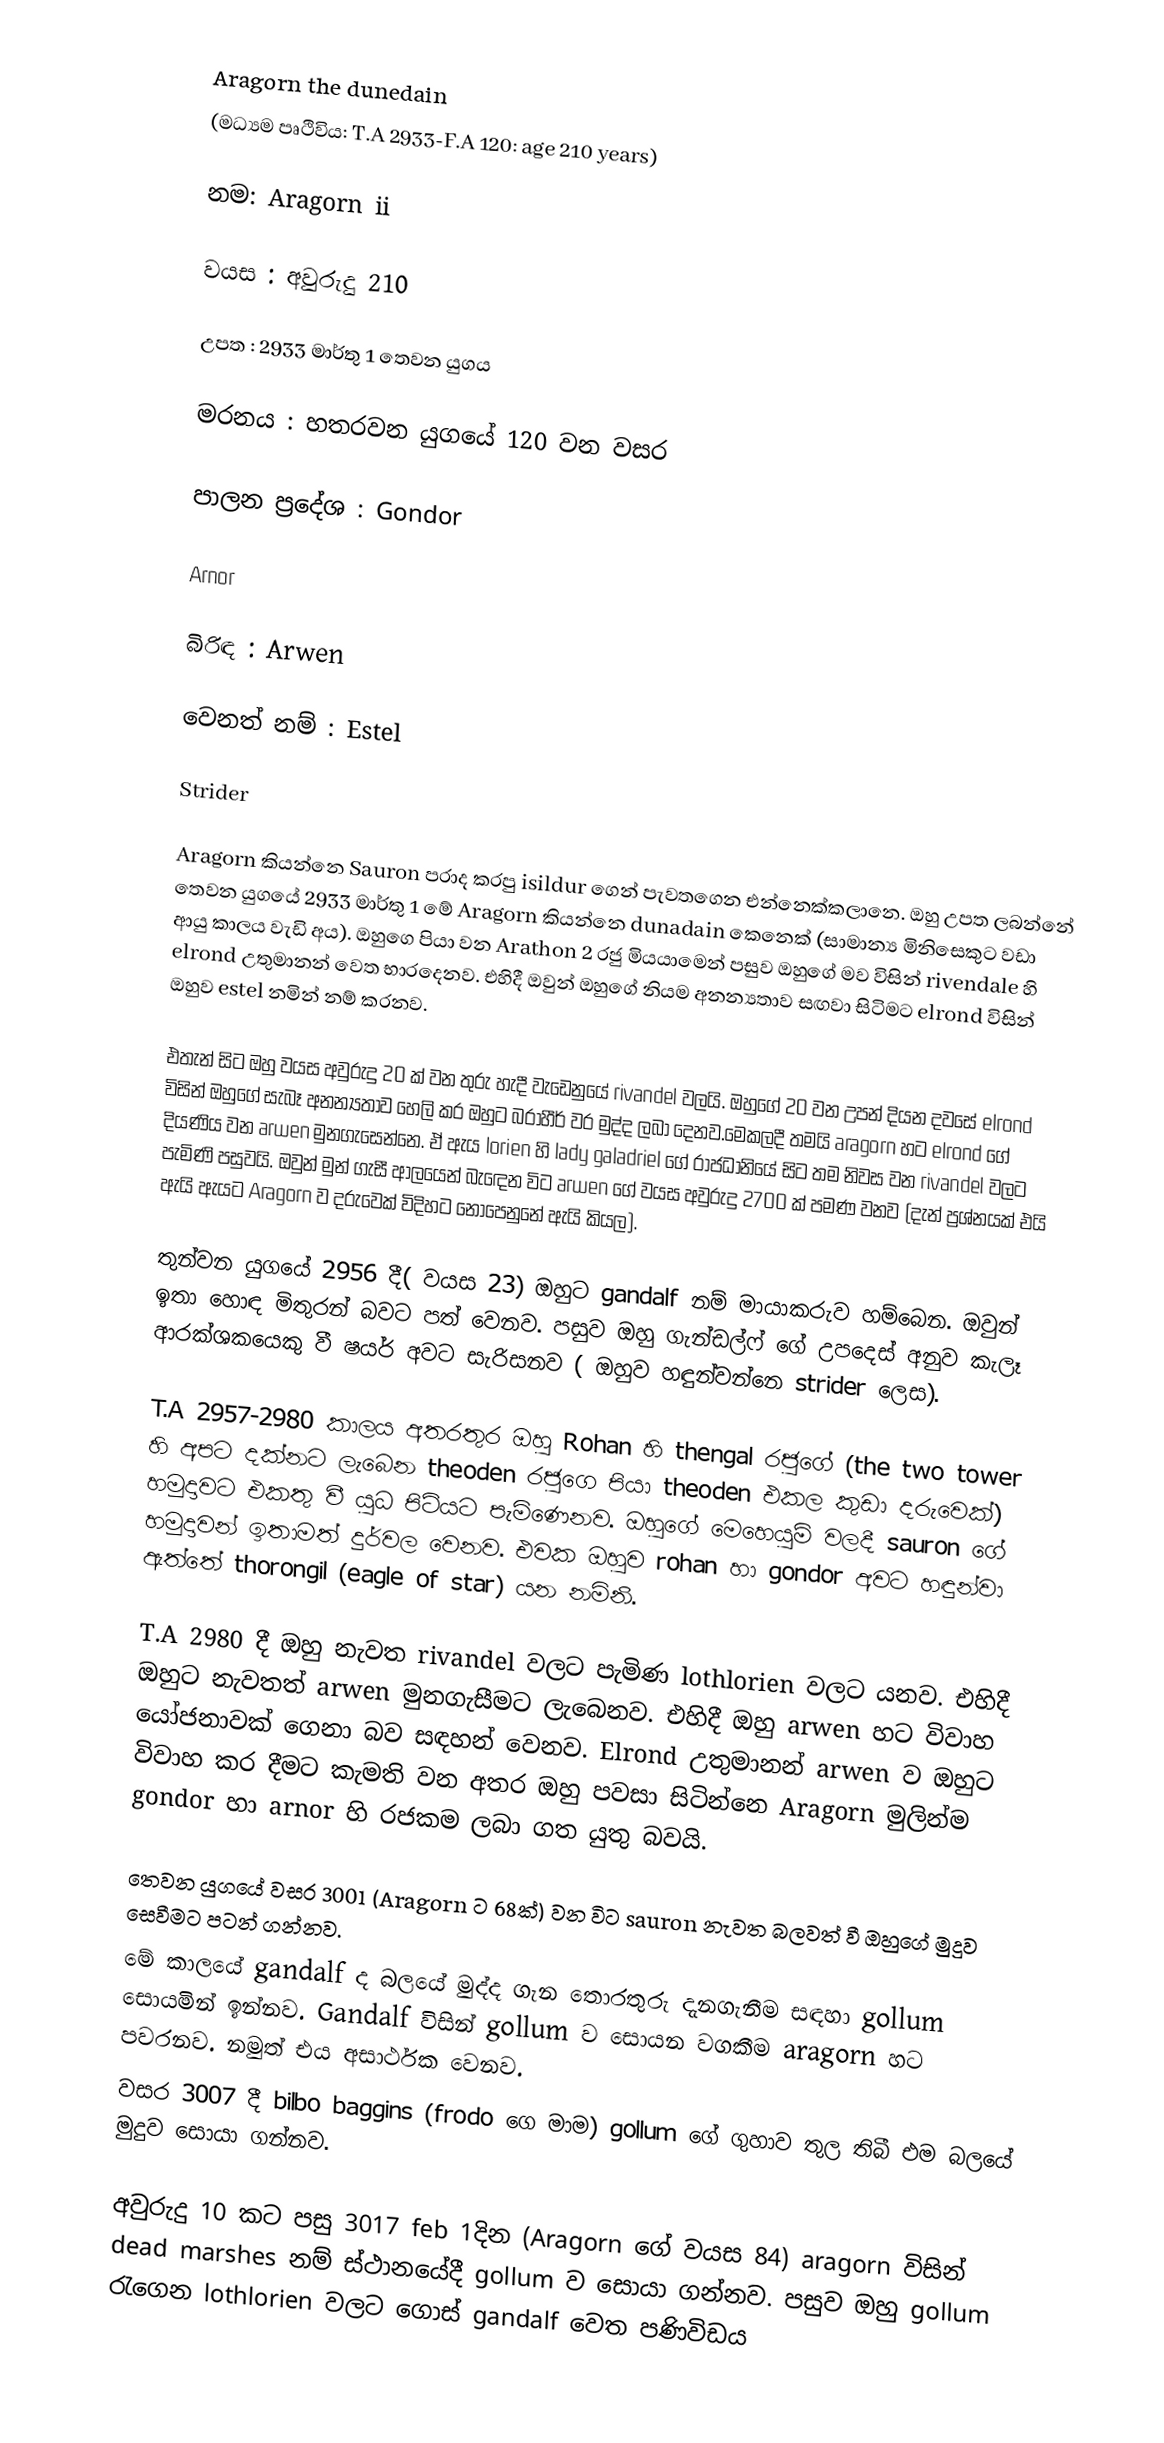
Aragorn the dunedain
(මධ්‍යම පෘථිවිය: T.A 2933-F.A 120: age 210 years)

නම: Aragorn ii

වයස : අවුරුදු 210

උපත : 2933 මාර්තු 1 තෙවන යුගය

මරනය : හතරවන යුගයේ 120 වන වසර

පාලන ප්‍රදේශ : Gondor

Arnor

බිරිඳ : Arwen

වෙනත් නම් : Estel

Strider

Aragorn කියන්නෙ Sauron පරාද කරපු isildur ගෙන් පැවතගෙන එන්නෙක්කලානෙ. ඔහු උපත ලබන්නේ තෙවන යුගයේ 2933 මාර්තු 1 මේ Aragorn කියන්නෙ dunadain කෙනෙක් (සාමාන්‍ය මිනිසෙකුට වඩා ආයු කාලය වැඩි අය). ඔහුගෙ පියා වන Arathon 2 රජු මියයාමෙන් පසුව ඔහුගේ මව විසින් rivendale හි elrond උතුමානන් වෙත භාරදෙනව. එහිදී ඔවුන් ඔහුගේ නියම අනන්‍යතාව සඟවා සිටිමට elrond විසින් ඔහුව estel නමින් නම් කරනව.

එතැන් සිට ඔහු වයස අවුරුදු 20 ක් වන තුරු හැදී වැඩෙනුයේ rivandel වලයි. ඔහුගේ 20 වන උපන් දියන දවසේ elrond විසින් ඔහුගේ සැබෑ අනන්‍යතාව හෙලි කර ඔහුට බරාහීර් වර මුද්ද ලබා දෙනව.මෙකලදී තමයි aragorn හට elrond ගේ දියණිය වන arwen මුනගැසෙන්නෙ. ඒ ඇය lorien හි lady galadriel ගේ රාජධානියේ සිට තම නිවස වන rivandel වලට පැමිණි පසුවයි. ඔවුන් මුන් ගැසී ආලයෙන් බැඳෙන විට arwen ගේ වයස අවුරුදු 2700 ක් පමණ වනව (දැන් ප්‍රශ්නයක් එයි ඇයි ඇයට Aragorn ව දරුවෙක් විදිහට නොපෙනුනේ ඇයි කියල).

තුන්වන යුගයේ 2956 දී( වයස 23) ඔහුට gandalf නම් මායාකරුව හම්බෙන. ඔවුන් ඉතා හොඳ මිතුරන් බවට පත් වෙනව. පසුව ඔහු ගැන්ඩල්ෆ් ගේ උපදෙස් අනුව කැලෑ ආරක්ශකයෙකු වී ෂයර් අවට සැරිසනව ( ඔහුව හඳුන්වන්නෙ strider ලෙස).

T.A 2957-2980 කාලය අතරතුර ඔහු Rohan හි thengal රජුගේ (the two tower හි අපට දක්නට ලැබෙන theoden රජුගෙ පියා theoden එකල කුඩා දරුවෙක්) හමුදාවට එකතු වී යුධ පිටියට පැමිණෙනව. ඔහුගේ මෙහෙයුම් වලදී sauron ගේ හමුදාවන් ඉතාමත් දුර්වල වෙනව. එවක ඔහුව rohan හා gondor අවට හඳුන්වා ඇත්තේ thorongil (eagle of star) යන නමිනි.

T.A 2980 දී ඔහු නැවත rivandel වලට පැමිණ lothlorien වලට යනව. එහිදී ඔහුට නැවතත් arwen මුනගැසීමට ලැබෙනව. එහිදී ඔහු arwen හට විවාහ යෝජනාවක් ගෙනා බව සඳහන් වෙනව. Elrond උතුමානන් arwen ව ඔහුට විවාහ කර දීමට කැමති වන අතර ඔහු පවසා සිටින්නෙ Aragorn මුලින්ම gondor හා arnor හි රජකම ලබා ගත යුතු බවයි.

තෙවන යුගයේ වසර 3001 (Aragorn ට 68ක්) වන විට sauron නැවත බලවත් වී ඔහුගේ මුදුව සෙවීමට පටන් ගන්නව.
මේ කාලයේ gandalf ද බලයේ මුද්ද ගැන තොරතුරු දැනගැනීම සඳහා gollum සොයමින් ඉන්නව. Gandalf විසින් gollum ව සොයන වගකීම aragorn හට පවරනව. නමුත් එය අසාර්ථක වෙනව.
වසර 3007 දී bilbo baggins (frodo ගෙ මාම) gollum ගේ ගුහාව තුල තිබී එම බලයේ මුදුව සොයා ගන්නව.

අවුරුදු 10 කට පසු 3017 feb 1දින (Aragorn ගේ වයස 84) aragorn විසින් dead marshes නම් ස්ථානයේදී gollum ව සොයා ගන්නව. පසුව ඔහු gollum රැගෙන lothlorien වලට ගොස් gandalf වෙත පණිවිඩය